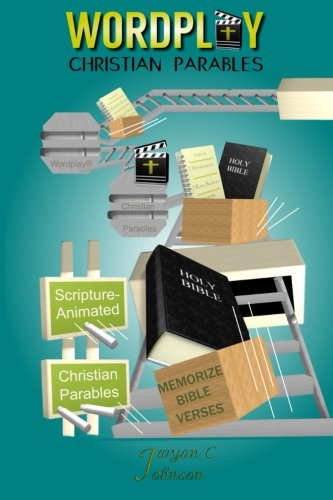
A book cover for Christian Parables; Jwyan C Johnson; Christian Books & Bibles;